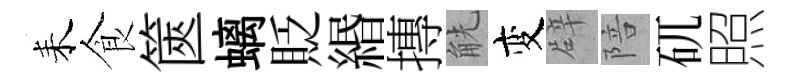
耒食篋螭貶緡摶觥变辟陪矹照